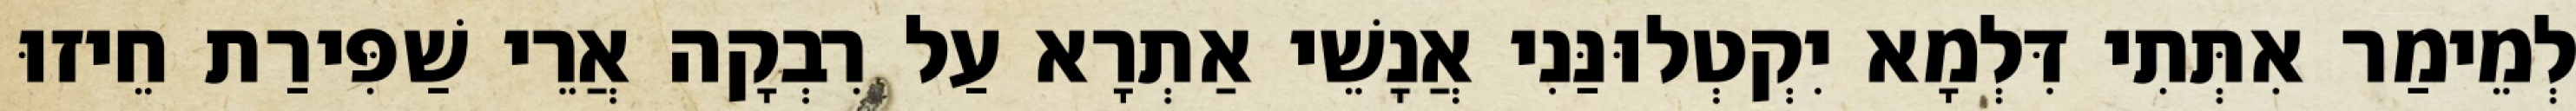
לְמֵימַר אִתְּתִי דִּלְמָא יִקְטְלוּנַּנִי אֲנָשֵׁי אַתְרָא עַל רִבְקָה אֲרֵי שַׁפִּירַת חֵיזוּ